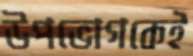
উপভোগকেই